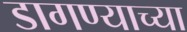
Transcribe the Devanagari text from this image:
डागण्याच्या